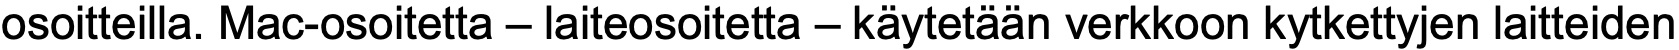
osoitteilla. Mac-osoitetta – laiteosoitetta – käytetään verkkoon kytkettyjen laitteiden